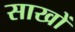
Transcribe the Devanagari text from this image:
साखों